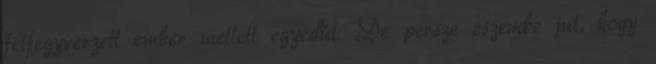
felfegyverzett ember mellett egyedül. De persze eszembe jut, hogy